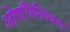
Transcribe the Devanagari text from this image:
ओषधिनियंत्रण